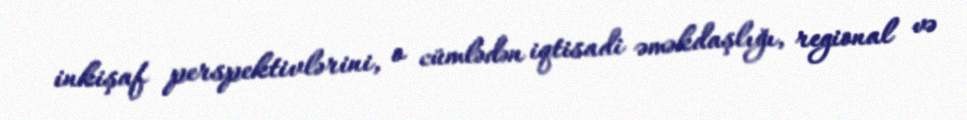
inkişaf perspektivlərini, o cümlədən iqtisadi əməkdaşlığı, regional və